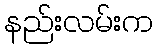
နည်းလမ်းက